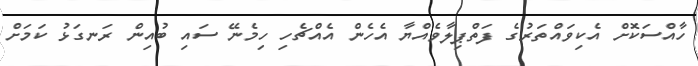
ހާއްސަކޮށް އެކިވައްތަރުގެ ފަތްޕިލާވެއްޔާ އެހެން އެއްޗެހި ހިމެނޭ ސައި ބުއިން ރަނގަޅު ކަމަށް